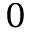
0